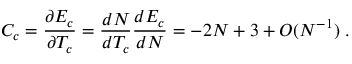
C _ { c } = \frac { \partial E _ { c } } { \partial T _ { c } } = \frac { d N } { d T _ { c } } \frac { d E _ { c } } { d N } = - 2 N + 3 + { \cal O } ( N ^ { - 1 } ) \; .